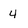
Character: 4